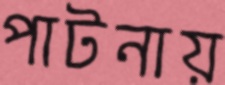
পাটনায়